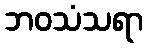
ဘဝသံသရာ